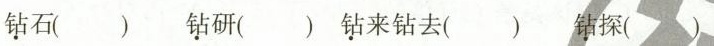
钻石( ) 钻研( )钻来钻去( )钻探( )